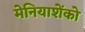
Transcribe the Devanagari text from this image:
मेनियाशेंको